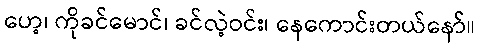
ဟေ့၊ ကိုခင်မောင်၊ ခင်လဲ့ဝင်း၊ နေကောင်းတယ်နော်။